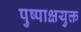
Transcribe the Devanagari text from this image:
पुष्पाक्षयुक्त